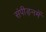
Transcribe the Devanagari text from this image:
संपीड़नमें